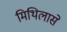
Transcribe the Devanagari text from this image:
मिथिलासे